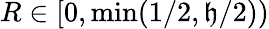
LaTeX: R\in[0,\operatorname*{min}(1/2,\mathfrak{h}/2))